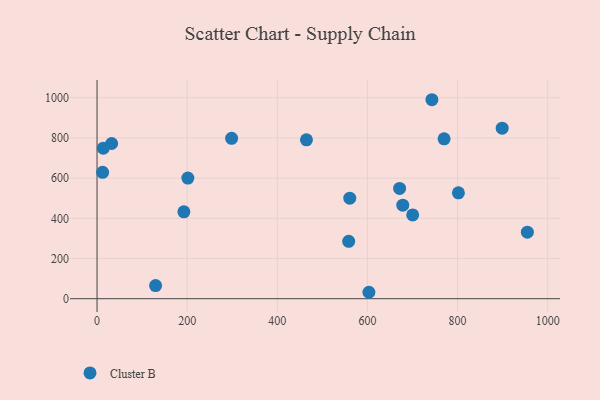
{"axis": {"x": "Experience", "y": "Demand"}, "legend": ["Cluster B"], "data": [{"x": "32.4", "y": 772.3, "type": "Cluster B"}, {"x": "464.7", "y": 790.4, "type": "Cluster B"}, {"x": "129.9", "y": 65.3, "type": "Cluster B"}, {"x": "770.1", "y": 795.6, "type": "Cluster B"}, {"x": "671.4", "y": 548.6, "type": "Cluster B"}, {"x": "560.8", "y": 500.4, "type": "Cluster B"}, {"x": "899.0", "y": 848.8, "type": "Cluster B"}, {"x": "954.9", "y": 331.1, "type": "Cluster B"}, {"x": "298.6", "y": 798.0, "type": "Cluster B"}, {"x": "558.4", "y": 285.6, "type": "Cluster B"}, {"x": "603.3", "y": 32.0, "type": "Cluster B"}, {"x": "743.1", "y": 990.2, "type": "Cluster B"}, {"x": "700.4", "y": 416.8, "type": "Cluster B"}, {"x": "801.9", "y": 526.7, "type": "Cluster B"}, {"x": "201.5", "y": 600.4, "type": "Cluster B"}, {"x": "678.4", "y": 465.2, "type": "Cluster B"}, {"x": "12.4", "y": 629.1, "type": "Cluster B"}, {"x": "192.7", "y": 432.3, "type": "Cluster B"}, {"x": "13.9", "y": 749.0, "type": "Cluster B"}]}